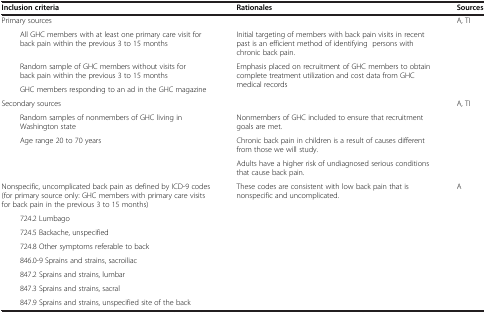
<table><thead><tr><td><b>Inclusion criteria</b></td><td><b>Rationales</b></td><td><b>Sources</b></td></tr></thead><tbody><tr><td>Primary sources</td><td> </td><td rowspan="4">A, TI</td></tr><tr><td>All GHC members with at least one primary care visit for back pain within the previous 3 to 15 months</td><td>Initial targeting of members with back pain visits in recent past is an efficient method of identifying persons with chronic back pain.</td></tr><tr><td>Random sample of GHC members without visits for back pain within the previous 3 to 15 months</td><td rowspan="2">Emphasis placed on recruitment of GHC members to obtain complete treatment utilization and cost data from GHC medical records</td></tr><tr><td>GHC members responding to an ad in the GHC magazine</td></tr><tr><td>Secondary sources</td><td> </td><td rowspan="4">A, TI</td></tr><tr><td>Random samples of nonmembers of GHC living in Washington state</td><td>Nonmembers of GHC included to ensure that recruitment goals are met.</td></tr><tr><td rowspan="2">Age range 20 to 70 years</td><td>Chronic back pain in children is a result of causes different from those we will study.</td></tr><tr><td>Adults have a higher risk of undiagnosed serious conditions that cause back pain.</td></tr><tr><td>Nonspecific, uncomplicated back pain as defined by ICD-9 codes (for primary source only: GHC members with primary care visits for back pain in the previous 3 to 15 months)</td><td>These codes are consistent with low back pain that is nonspecific and uncomplicated.</td><td>A</td></tr><tr><td>724.2 Lumbago</td><td> </td><td> </td></tr><tr><td>724.5 Backache, unspecified</td><td> </td><td> </td></tr><tr><td>724.8 Other symptoms referable to back</td><td> </td><td> </td></tr><tr><td>846.0-9 Sprains and strains, sacroiliac</td><td> </td><td> </td></tr><tr><td>847.2 Sprains and strains, lumbar</td><td> </td><td> </td></tr><tr><td>847.3 Sprains and strains, sacral</td><td> </td><td> </td></tr><tr><td>847.9 Sprains and strains, unspecified site of the back</td><td> </td><td> </td></tr></tbody></table>